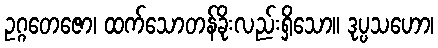
ဥဂ္ဂတေဇော၊ ထက်သောတန်ခိုးလည်းရှိသော။ ဒုပ္ပသဟော၊